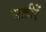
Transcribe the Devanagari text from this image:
लक़ीरें